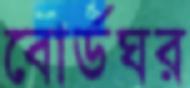
বোর্ডঘর